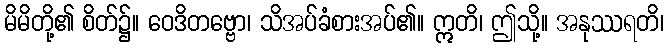
မိမိတို့၏ စိတ်၌။ ဝေဒိတဗ္ဗော၊ သိအပ်ခံစားအပ်၏။ ဣတိ၊ ဤသို့။ အနုဿရတိ၊